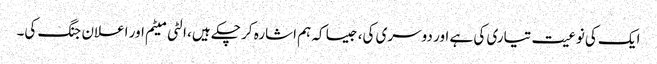
ایک کی نوعیت تیاری کی ہے اور دوسری کی، جیسا کہ ہم اشارہ کر چکے ہیں، الٹی میٹم اور اعلان جنگ کی۔